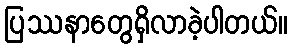
ပြဿနာတွေရှိလာခဲ့ပါတယ်။